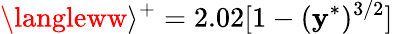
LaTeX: \langleww\rangle^{+}=2.02[1-(\mathbf{y}^{\ast})^{3/2}]